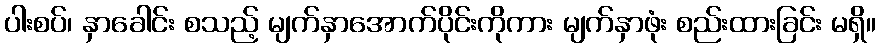
ပါးစပ်၊ နှာခေါင်း စသည့် မျက်နှာအောက်ပိုင်းကိုကား မျက်နှာဖုံး စည်းထားခြင်း မရှိ။